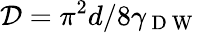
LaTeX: {\mathcal{D}}=\pi{^2}d/8\gamma_{\mathrm{~D~W~}}